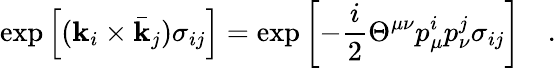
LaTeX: \mathrm{exp}\left[({\mathbf k}_{i}\times{\bar{\mathbf k}}_{j})\sigma_{ij}\right]=\mathrm{exp}\left[-{\frac{i}{2}}\Theta^{\mu\nu}p_{\mu}^{i}p_{\nu}^{j}\sigma_{ij}\right]\quad.